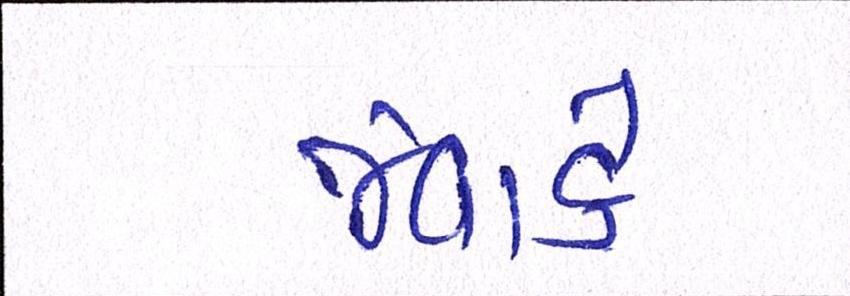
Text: જેવાકે